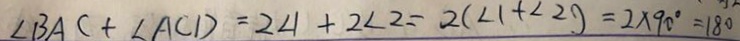
\angle B A C + \angle A C D = 2 \angle 1 + 2 \angle 2 = 2 ( \angle 1 + \angle 2 ) = 2 \times 9 0 ^ { \circ } = 1 8 0